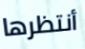
أنتظرها